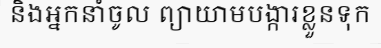
និងអ្នកនាំចូល ព្យាយាមបង្ការខ្លួនទុក